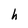
Character: h